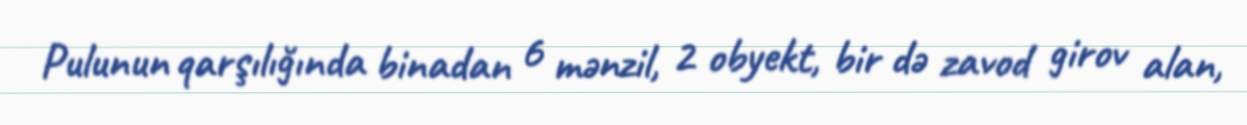
Pulunun qarşılığında binadan 6 mənzil, 2 obyekt, bir də zavod girov alan,